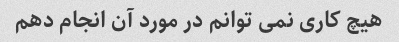
هیچ کاری نمی توانم در مورد آن انجام دهم